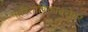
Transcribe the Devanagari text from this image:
पारितोषिकाबरोबर